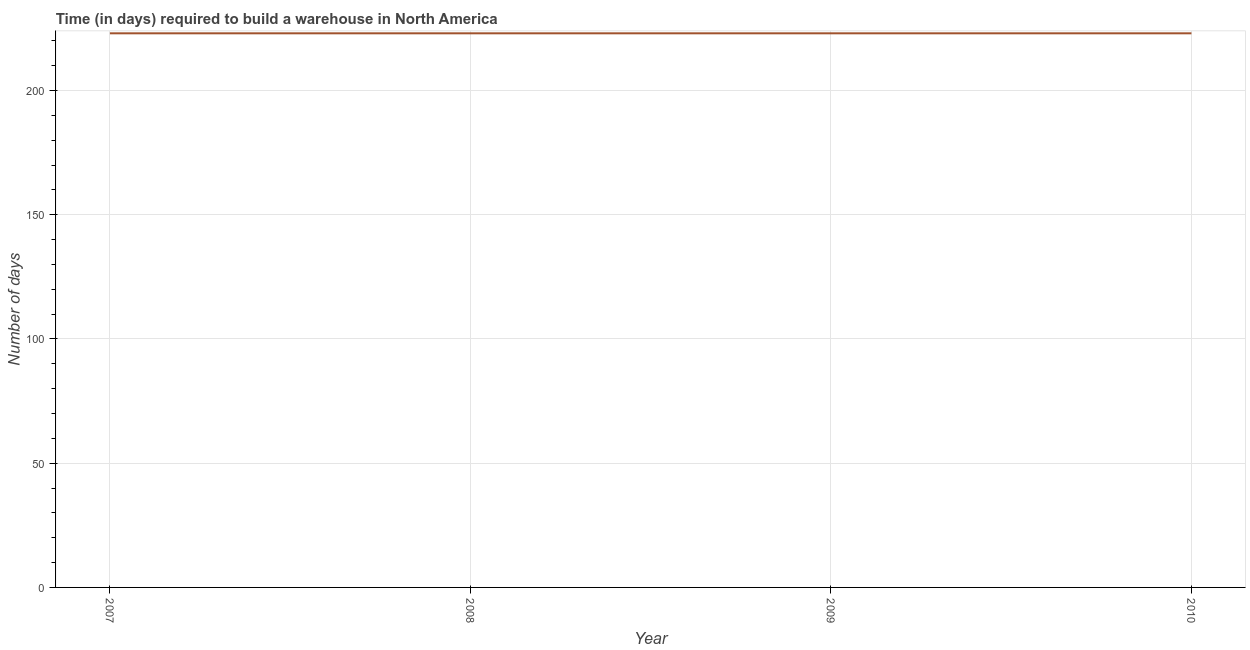
| Year | Time required to build a warehouse |
 | --- | --- |
 | 2007 | 223 |
 | 2008 | 223 |
 | 2009 | 223 |
 | 2010 | 223 |